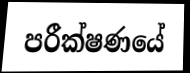
පරීක්ෂණයේ